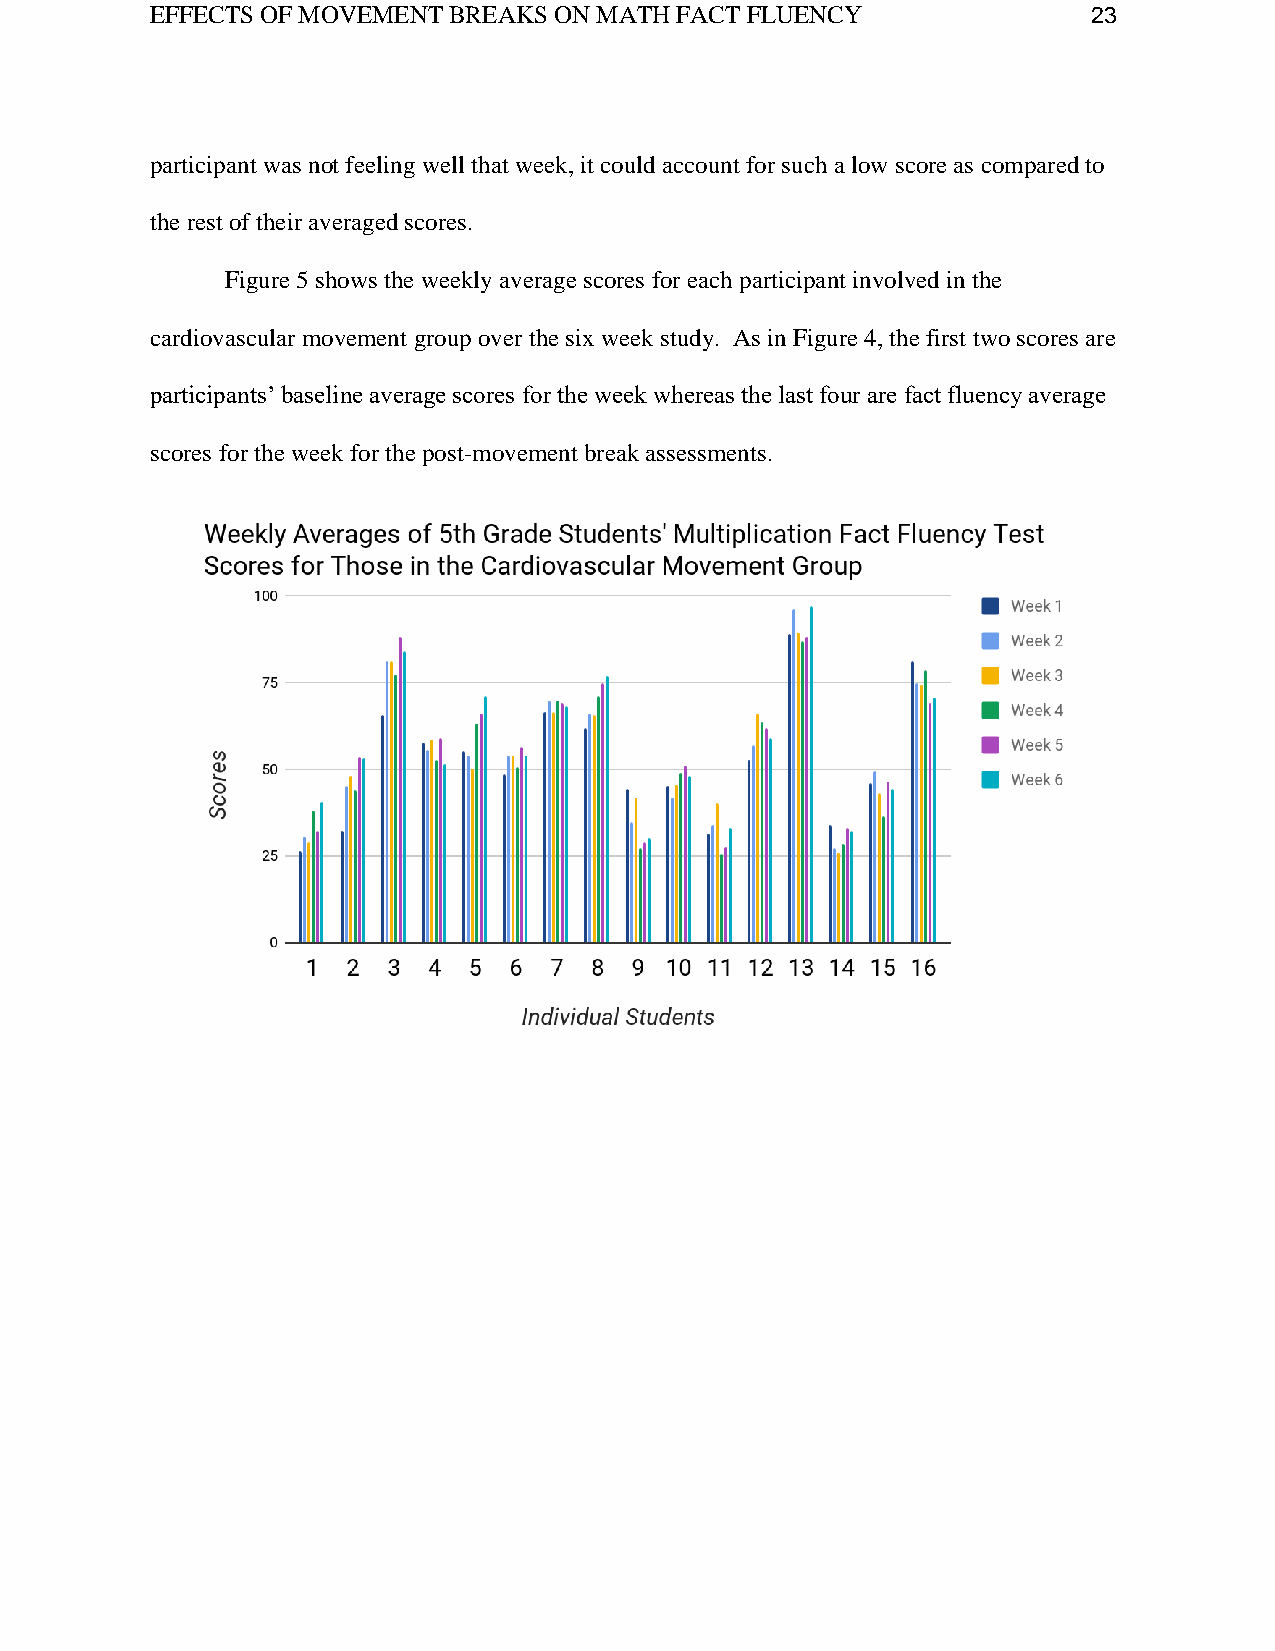
EFFECTS OF MOVEMENT BREAKS ON MATH FACT FLUENCY               23
 participant was not feeling well that week, it could account for such a low score as compared to
 the rest of their averaged scores.
 Figure 5 shows the weekly average scores for each participant involved in the
 cardiovascular movement group over the six week study. As in Figure 4, the first two scores are
 participants’ baseline average scores for the week whereas the last four are fact fluency average
 scores for the week for the post-movement break assessments.